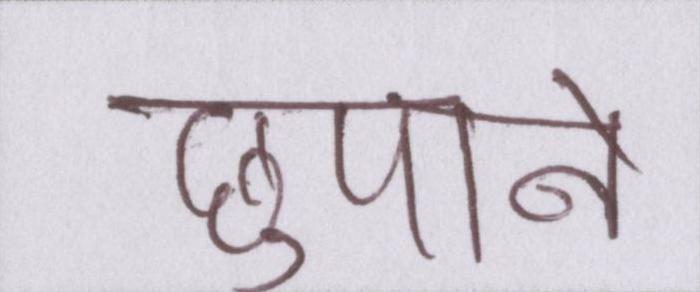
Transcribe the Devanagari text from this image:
छुपाने